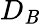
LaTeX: D_{\mathit{B}}